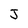
Character: J